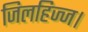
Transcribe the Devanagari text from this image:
जिलहिज्ज।